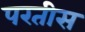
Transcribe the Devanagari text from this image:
परतीस